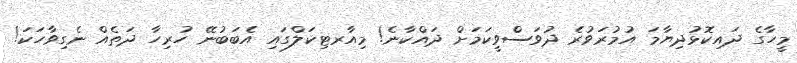
މީހާގެ ދައިކޮޅުދިޔާމަ އުމުރަވުރެ ދުވަސްވީކަމަށް ދައްކާނެ! މިއާރޓިކަލްގައި އެބަބުނޭ ހުރިހާ ދަތެއް ނެގިވާހަކަ!